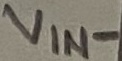
Text: VIN-